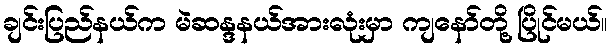
ချင်းပြည်နယ်က မဲဆန္ဒနယ်အားလုံးမှာ ကျနော်တို့ ပြိုင်မယ်။